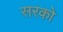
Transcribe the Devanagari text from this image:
सरको